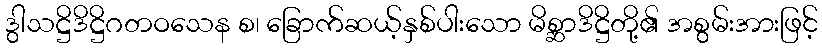
ဒွါသဋ္ဌိဒိဋ္ဌိဂတဝသေန စ၊ ခြောက်ဆယ့်နှစ်ပါးသော မိစ္ဆာဒိဋ္ဌိတို့၏ အစွမ်းအားဖြင့်